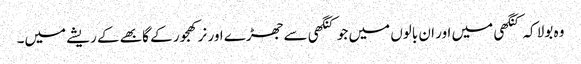
وہ بولا کہ کنگھی میں اور ان بالوں میں جو کنگھی سے جھڑے اور نر کھجور کے گابھے کے ریشے میں۔